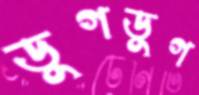
ডুগডুগ